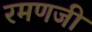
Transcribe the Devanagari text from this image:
रमणजी